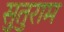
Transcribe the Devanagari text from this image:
सुतुराम